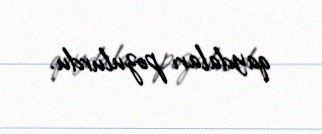
qaydaları pozulurdu.